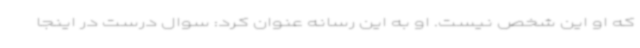
که او این شخص نیست. او به این رسانه عنوان کرد: سوال درست در اینجا